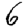
Digit: 6